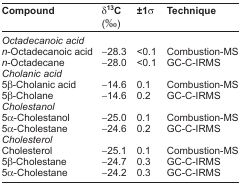
<table><thead><tr><td><b>Compound</b></td><td><b>δ<sup>13</sup>C (‰)</b></td><td><b>±1σ</b></td><td><b>Technique</b></td></tr></thead><tbody><tr><td colspan="4"><i>Octadecanoic acid</i></td></tr><tr><td><i>n</i>-Octadecanoic acid</td><td>−28.3</td><td>&lt;0.1</td><td>Combustion-MS</td></tr><tr><td><i>n</i>-Octadecane</td><td>−28.0</td><td>&lt;0.1</td><td>GC-C-IRMS</td></tr><tr><td colspan="4"><i>Cholanic acid</i></td></tr><tr><td>5β-Cholanic acid</td><td>−14.6</td><td>0.1</td><td>Combustion-MS</td></tr><tr><td>5β-Cholane</td><td>−14.6</td><td>0.2</td><td>GC-C-IRMS</td></tr><tr><td colspan="4"><i>Cholestanol</i></td></tr><tr><td>5α-Cholestanol</td><td>−25.0</td><td>0.1</td><td>Combustion-MS</td></tr><tr><td>5α-Cholestane</td><td>−24.6</td><td>0.2</td><td>GC-C-IRMS</td></tr><tr><td colspan="4"><i>Cholesterol</i></td></tr><tr><td>Cholesterol</td><td>−25.1</td><td>0.1</td><td>Combustion-MS</td></tr><tr><td>5β-Cholestane</td><td>−24.7</td><td>0.3</td><td>GC-C-IRMS</td></tr><tr><td>5α-Cholestane</td><td>−24.2</td><td>0.3</td><td>GC-C-IRMS</td></tr></tbody></table>